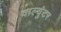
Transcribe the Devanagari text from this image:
वाल्युंटर